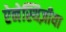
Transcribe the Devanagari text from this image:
ऐनेस्थिज़ीया